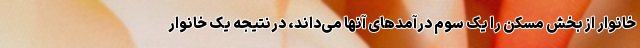
خانوار از بخش مسکن را یک سوم درآمدهای آنها می‌داند، درنتیجه یک خانوار